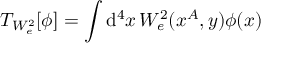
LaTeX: T _ { W _ { e } ^ { 2 } } [ \phi ] = \int \mathrm { d } ^ { 4 } x \, W _ { e } ^ { 2 } ( x ^ { A } , y ) \phi ( x )